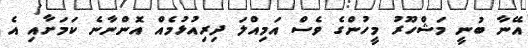
އޭނާ ބުނީ މަޝްހޫރު މީހުންގެ ވެސް އަމިއްލަ ދިރިއުޅުމެއް އޮންނާނެ ކަމަށާއި އެ